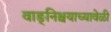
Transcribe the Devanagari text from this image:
वाङ्‌निश्चयाच्यावेळी